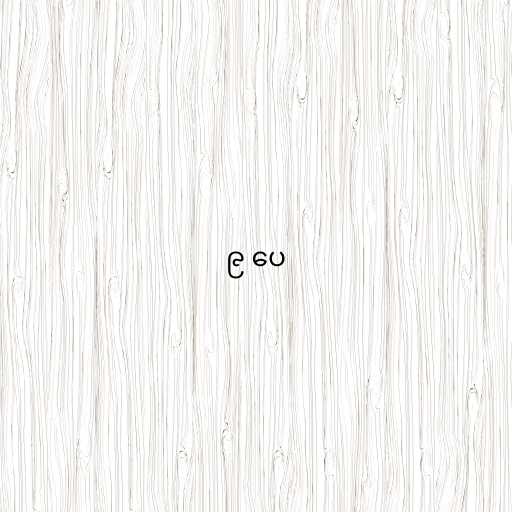
၉ ပေ